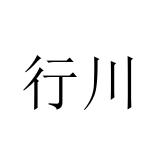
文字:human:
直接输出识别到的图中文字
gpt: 行川